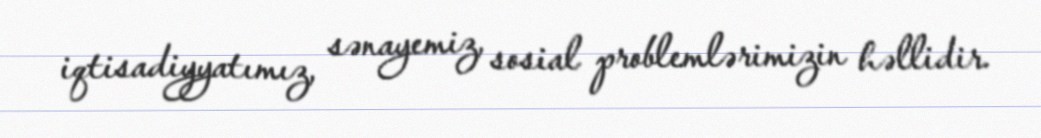
iqtisadiyyatımız, sənayemiz, sosial problemlərimizin həllidir.